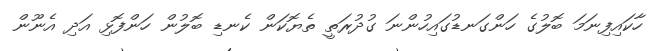
ހާކައިފިނަމަ ބޮލުގެ ހަންގަނޑުގައިހުންނަ ގުދުރަތީ ތެޔޮކަން ކެނޑި ބޮލުން ހަންފޮޅި އަދި އެނޫން